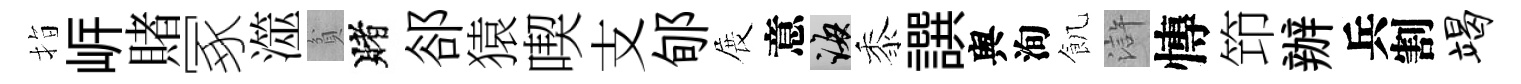
指㟁賭冢澨貧賭郤猿喫支郇展意誨黍譔舆洵飢滸慱笻辦兵割竭